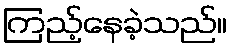
ကြည့်နေခဲ့သည်။